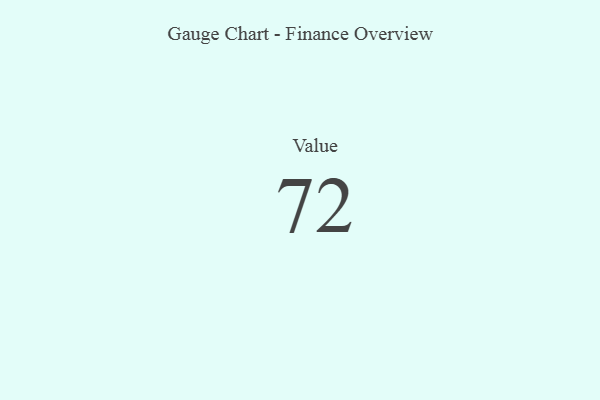
{"axis": {"x": "Metric", "y": "Value"}, "legend": [""], "data": [{"x": "Value", "y": 72, "type": ""}]}